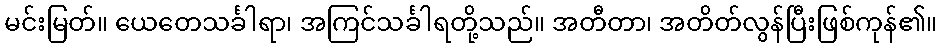
မင်းမြတ်။ ယေတေသင်္ခါရာ၊ အကြင်သင်္ခါရတို့သည်။ အတီတာ၊ အတိတ်လွန်ပြီးဖြစ်ကုန်၏။